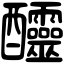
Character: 𨤍